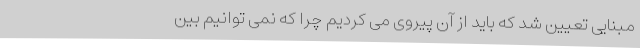
مبنایی تعیین شد که باید از آن پیروی می کردیم چرا که نمی توانیم بین